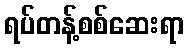
ရပ်တန့်စစ်ဆေးရာ